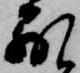
別